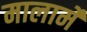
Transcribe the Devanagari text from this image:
मालार्मे